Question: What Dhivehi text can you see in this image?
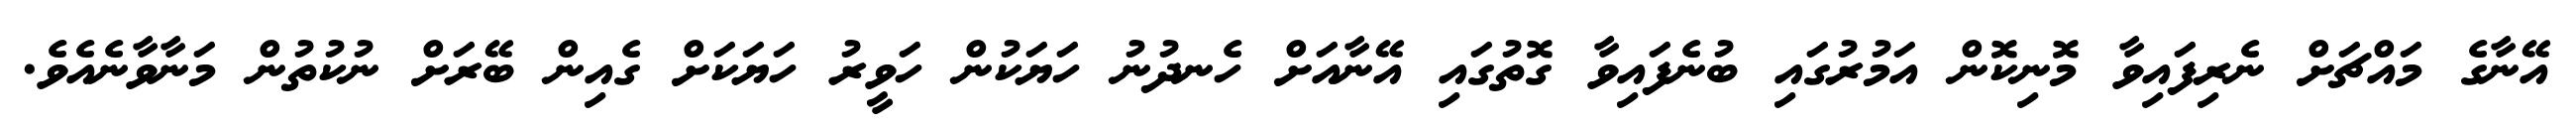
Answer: އޭނާގެ މައްޗަށް ނެރިފައިވާ މޮނިކޮން އަމުރުގައި ބުނެފައިވާ ގޮތުގައި އޭނާއަށް ހެނދުނު ހަޔަކުން ހަވީރު ހަޔަކަށް ގެއިން ބޭރަށް ނުކުތުން މަނާވާނެއެވެ.